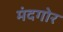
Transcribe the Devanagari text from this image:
मंदगोर